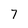
Character: 7